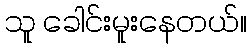
သူ ခေါင်းမူးနေတယ်။